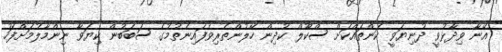
އޭނާ ވިދާޅުވީ ދުނިޔަވީ ކަންތައްކަށް ސްކޫލް ކުދިން ހޭލުންތެރިވެފައިނެތުމުގެ ސަބަބުން ކިޔަވާ ނިންމާލުމަށްފަހު